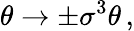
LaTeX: \theta\rightarrow\pm\sigma^{3}\theta\, ,